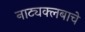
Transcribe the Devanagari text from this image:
नाट्यक्लबाचे